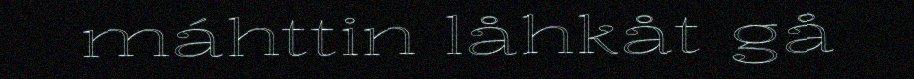
máhttin låhkåt gå